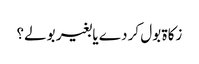
زکاۃ بول کر دے یا بغیر بولے؟